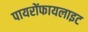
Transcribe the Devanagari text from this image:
पायरोंफायलाइट